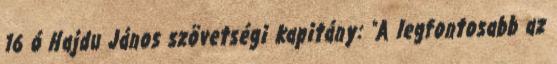
16 ó Hajdu János szövetségi kapitány: "A legfontosabb az